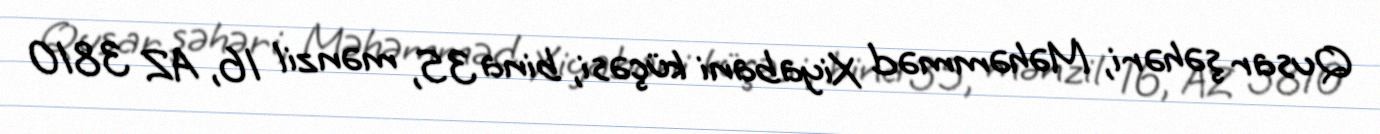
Qusar şəhəri, Məhəmməd Xiyabani küçəsi, bina 35, mənzil 16, AZ 3810